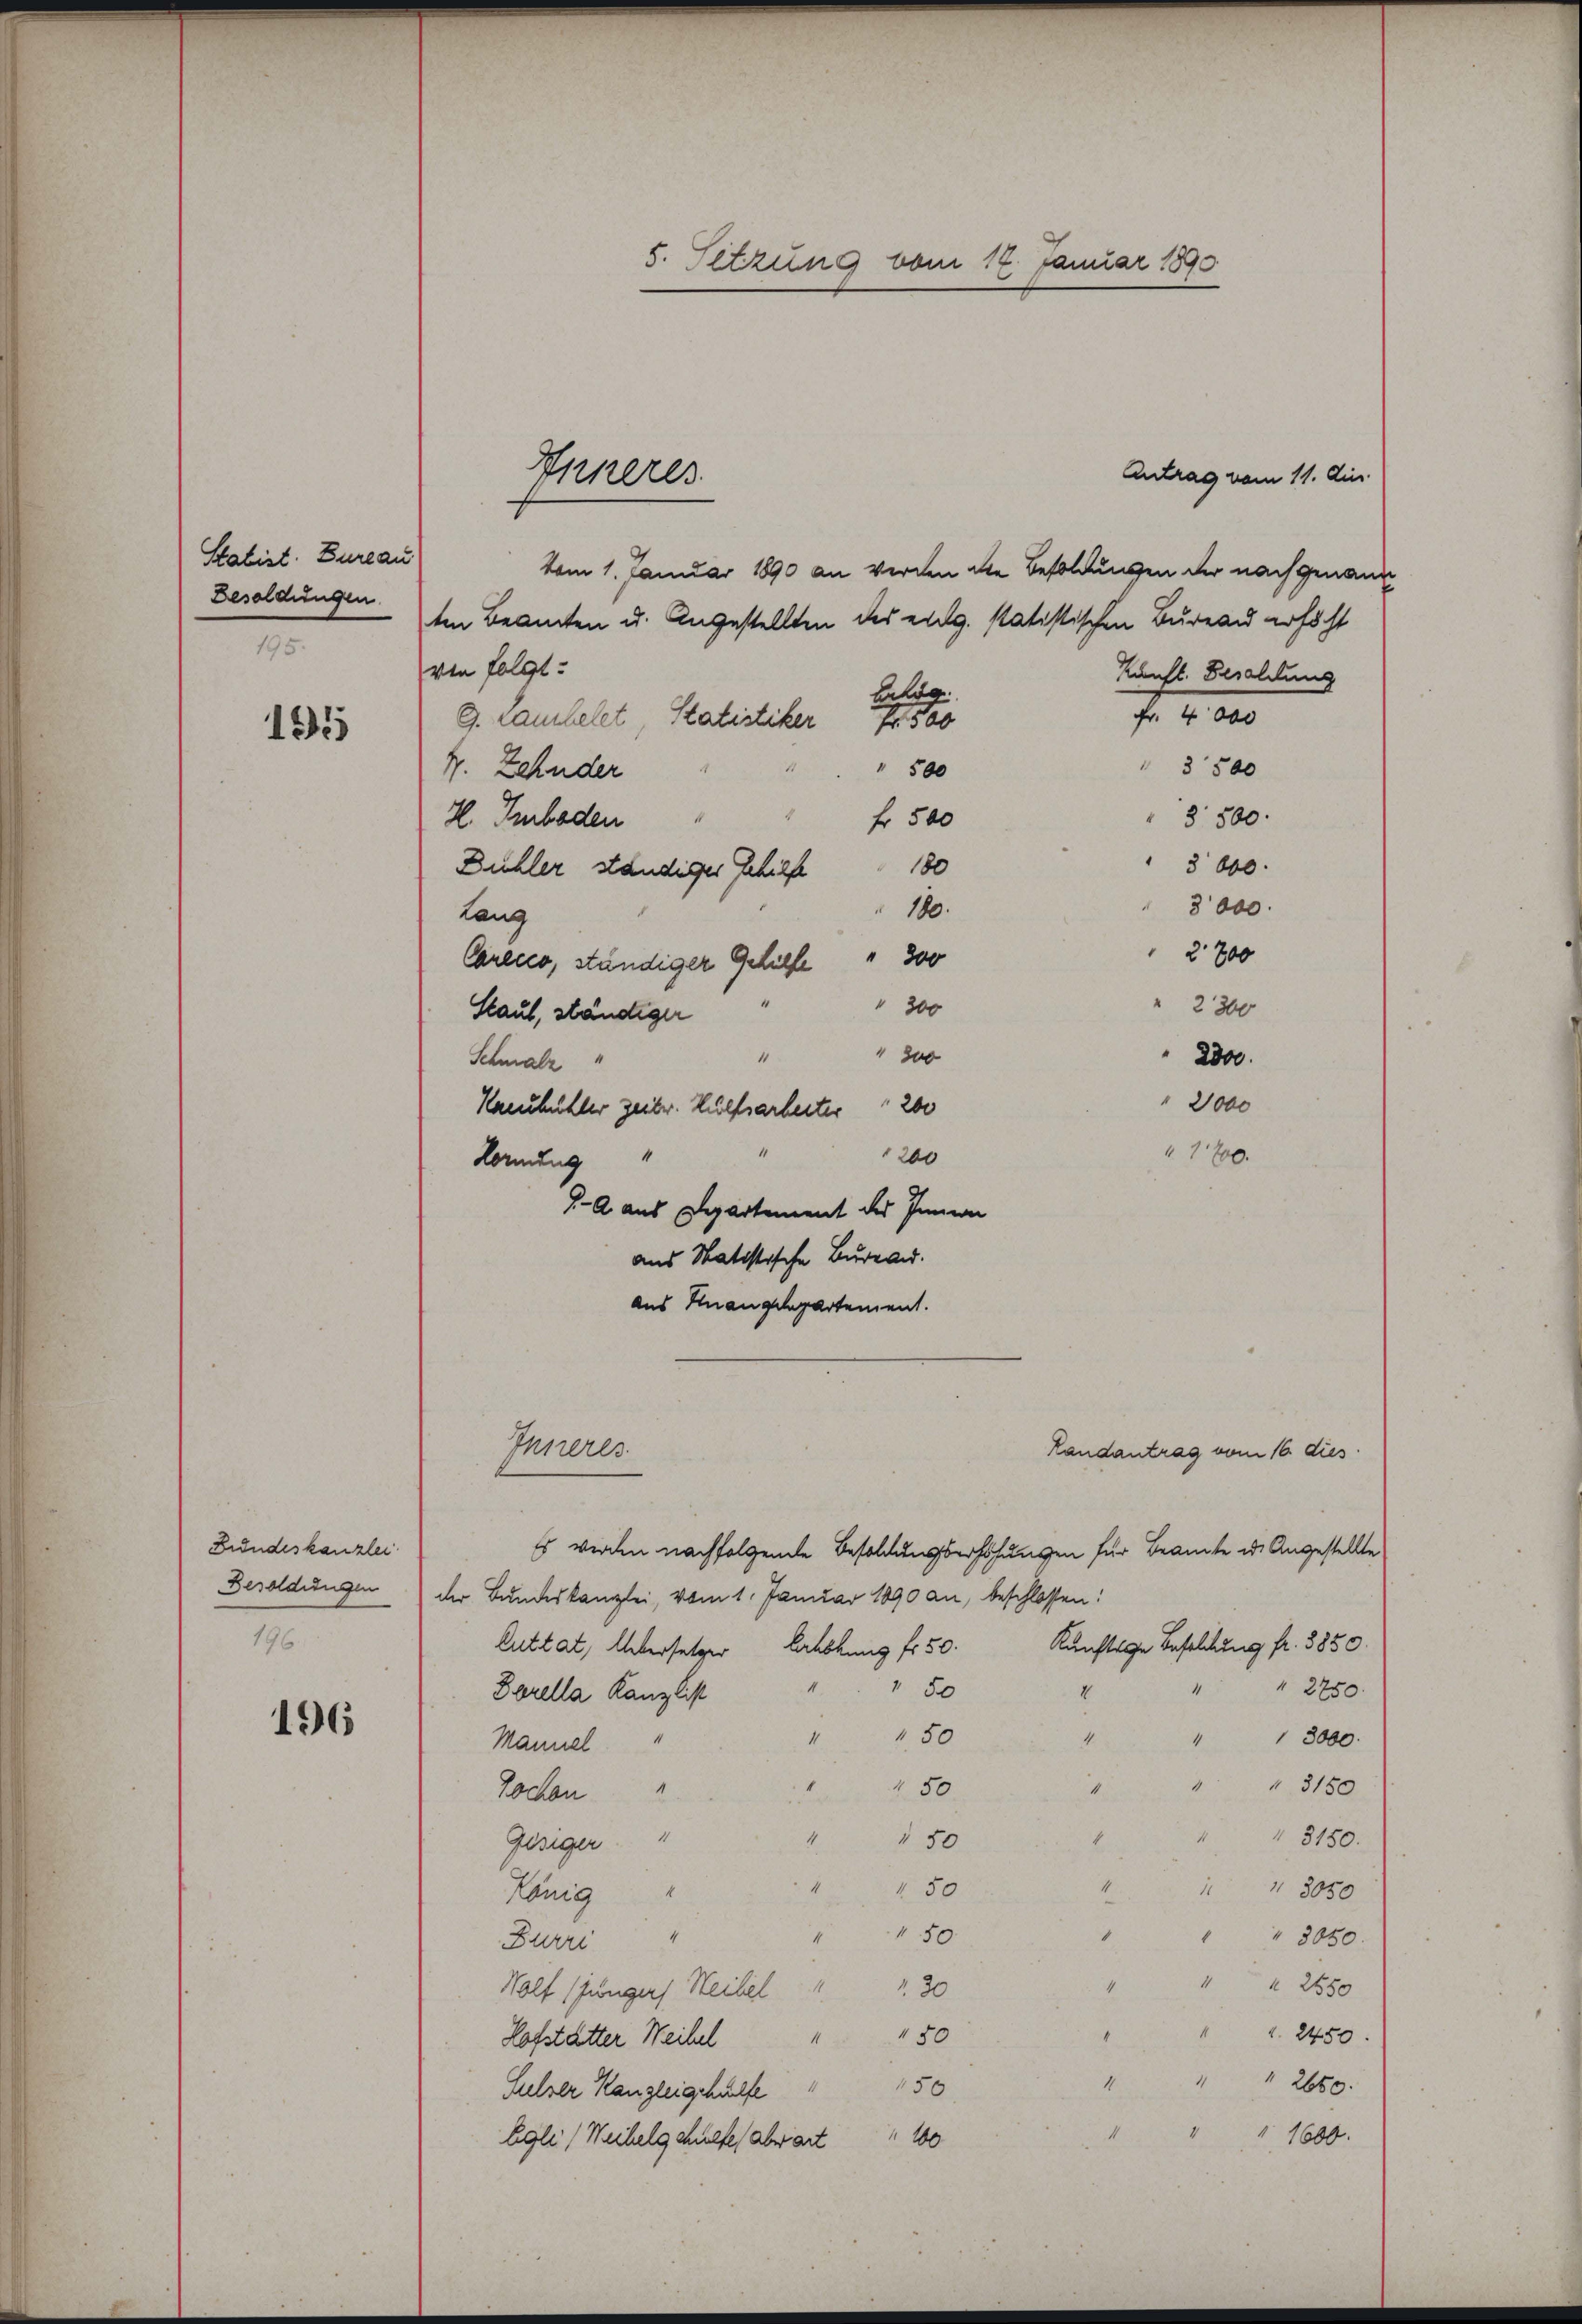
Statist. Bureau
Besoldungen.
95.

151

Bundeskanzlei
Besoldungen
196.

196

5. Setzung vom 14. Januar 1890

Antrag vom 11. Au
vom 1. Januar 1890 an werden die Besoldungen der nach genann
ten Beamten u. Angestellten des eidg. statistischen Bureau erhöht
von folgt:
kunft. Besoldung
Beleg
Fr. 4000
G. rauchelet, Statistiker
Fr. 500
 3500
" 500
4. Zehnder
 3500.
H. Imboden
f 500
" 3000.
180
Bühler ständiger Gehilfe
3000.
180.
lang
2800
Carecco, ständiger Gehilfe " 300
200
2300
Haul, ständigen
200
2300.
Schmalz
2000
Haeuhühler zeiter. Hülfsarbeiter " 200
120.
200
Hornung "
J. A. aus Departement des Innern
aus Statistische Bureau.
aus Unangelegartement.

Inneres.

Landantrag vom 16. dies
Es werden nachfolgende Besoldungserhöhungen für Beamte in Angestellte
der Bundeskanzlei, vom 1. Januar 1890 an, beschlossen:
luttat, Übersetzer Abkung fr. 50. Künftige Besoldung fr. 3850.
4
2750.
50
I
Borella Kanzlist
50
4
3000.
4
Mannel
" " " 3150
.
50
Jochen
" " 3150.
4
150
E
Gisiger "
1
" 150
 3050
König
450
" " 3050.
1
Burri
 2550
4
Wolf (jüngers Heibel " " 30
 2450.
4
Hofstätter Weihel " " 50
4
1
2650.
150
Sulzer Kanzleigehülfe
" " 1600.
Egli (Weihelgehülfe, abwart 100

Inneres